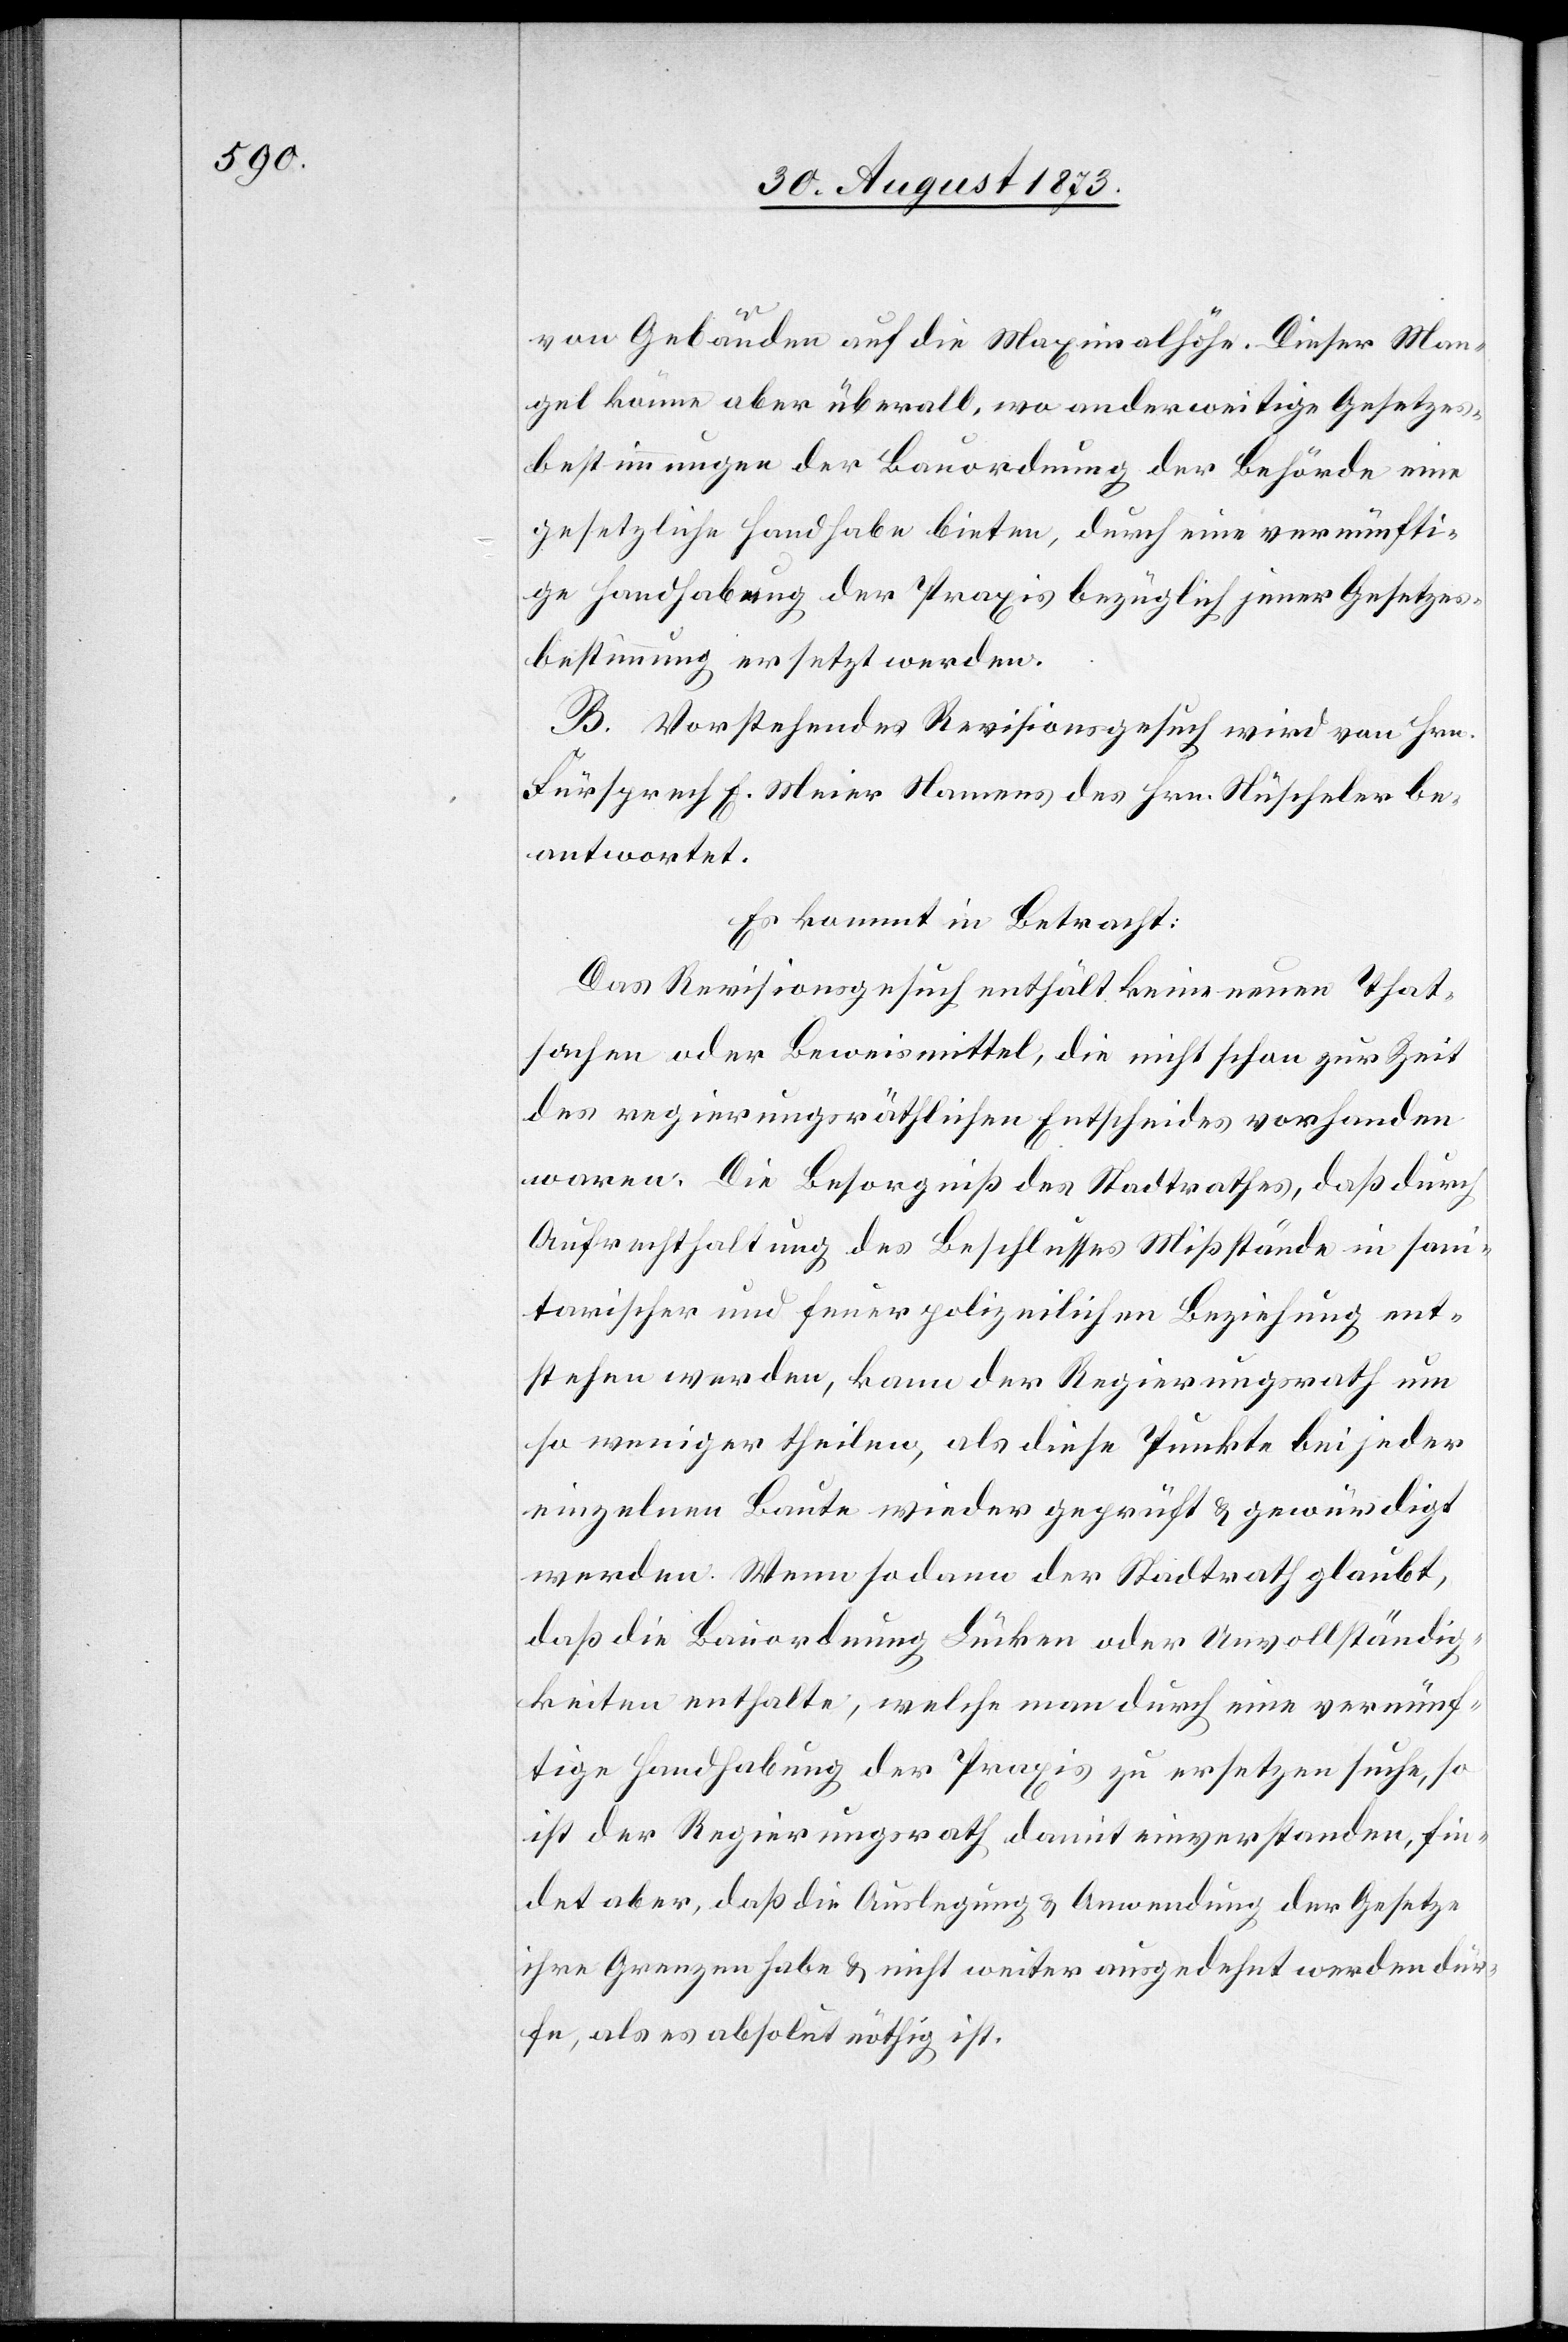
von Gebäuden auf die Maximalhöhe. Dieser Man¬
gel könne aber überall, wo anderweitige Gesetzes¬
bestimmungen der Bauordnung der Behörde eine
gesetzliche Handhabe bieten, durch eine vernünfti¬
ge Handhabung der Praxis bezüglich jener Gesetzes¬
bestimmung ersetzt werden.
B. Vorstehendes Revisionsgesuch wird von Hrn.
Fürsprech E. Meier Namens des Hrn. Nüscheler be¬
antwortet.
Es kommt in Betracht:
Das Revisionsgesuch enthält keine neuen That¬
sachen oder Beweismittel, die nicht schon zur Zeit
des regierungsräthlichen Entscheides vorhanden
waren. Die Besorgniß des Stadtrathes, daß durch
Aufrechthaltung des Beschlusses Mißstände in sani¬
tarischer und feuerpolizeilichen [sic!] Beziehung ent¬
stehen werden, kann der Regierungsrath um
so weniger theilen, als diese Punkte bei jeder
einzelnen Baute wieder geprüft & gewürdigt
werden. Wenn sodann der Stadtrath glaubt,
daß die Bauordnung Lücken oder Unvollständig¬
keiten enthalte, welche man durch eine vernünf¬
tige Handhabung der Praxis zu ersetzen suche, so
ist der Regierungsrath damit einverstanden, fin¬
det aber, daß die Auslegung & Anwendung der Gesetze
ihre Grenzen habe & nicht weiter ausgedehnt werden dür¬
fe, als es absolut nöthig ist.